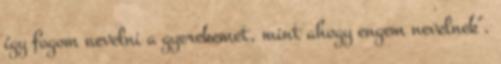
így fogom nevelni a gyerekemet, mint ahogy engem nevelnek".